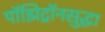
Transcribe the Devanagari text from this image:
पॉझिट्रॉनसुद्धा